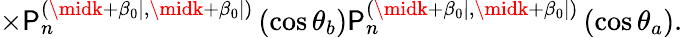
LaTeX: \times\mathsf{P}_{n}^{(\midk+\beta_{0}\mid,\midk+\beta_{0}\mid)}\left(\cos\theta_{b}\right)\mathsf{P}_{n}^{(\midk+\beta_{0}\mid,\midk+\beta_{0}\mid)}\left(\cos\theta_{a}\right).